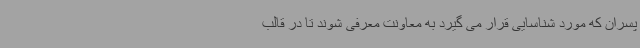
پسران که مورد شناسایی قرار می گیرد به معاونت معرفی شوند تا در قالب